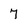
Character: 7